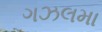
ગઝલમા